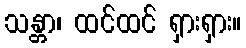
သန္တာ၊ ထင်ထင် ရှားရှား။